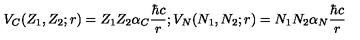
V _ { C } ( Z _ { 1 } , Z _ { 2 } ; r ) = Z _ { 1 } Z _ { 2 } \alpha _ { C } { \frac { \hbar c } { r } } ; V _ { N } ( N _ { 1 } , N _ { 2 } ; r ) = N _ { 1 } N _ { 2 } \alpha _ { N } { \frac { \hbar c } { r } }